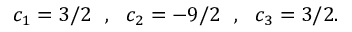
c _ { 1 } = 3 / 2 \: \: \: , \: \: \: c _ { 2 } = - 9 / 2 \: \: \: , \: \: \: c _ { 3 } = 3 / 2 .